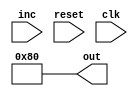
module sar( output reg [7:0]out,input inc,reset, clk);

reg [2:0] ca,cb;


always @(ca)begin
if(ca !=0 )cb <= ca - 3'd1;
end

initial begin
ca <= 3'd7;
out <= 8'd128;
end

always @(reset)begin
ca <= 3'd7;
out <= 8'd128;
end

always @(negedge clk) begin
if(ca != 0)ca <= ca - 3'd1;
end

always @(posedge clk) begin
 if((cb+1)!=0) begin 
 out[cb] <= 1'b1; 
 end
 out[ca] <= inc;
end

endmodule